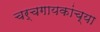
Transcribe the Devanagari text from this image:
चर्चगायकांच्या